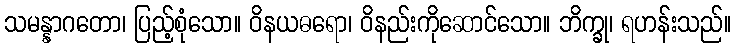
သမန္နာဂတော၊ ပြည့်စုံသော။ ဝိနယဓရော၊ ဝိနည်းကိုဆောင်သော။ ဘိက္ခု၊ ရဟန်းသည်။